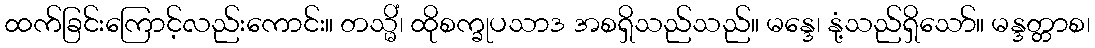
ထက်ခြင်းကြောင့်လည်းကောင်း။ တသ္မိံ၊ ထိုစက္ခုပသာဒ အစရှိသည်သည်။ မန္ဒေ၊ နုံ့သည်ရှိသော်။ မန္ဒတ္တာစ၊